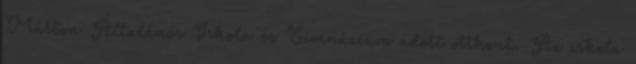
Márton Általános Iskola és Gimnázium adott otthont. Az iskola